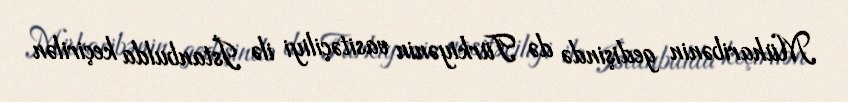
Müharibənin gedişində də Türkiyənin vasitəçiliyi ilə İstanbulda keçirilən